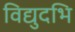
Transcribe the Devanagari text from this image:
विद्युदभि